Lunatic asylums Bombay report 1878-1890 - 1878-1890
Year: 1878
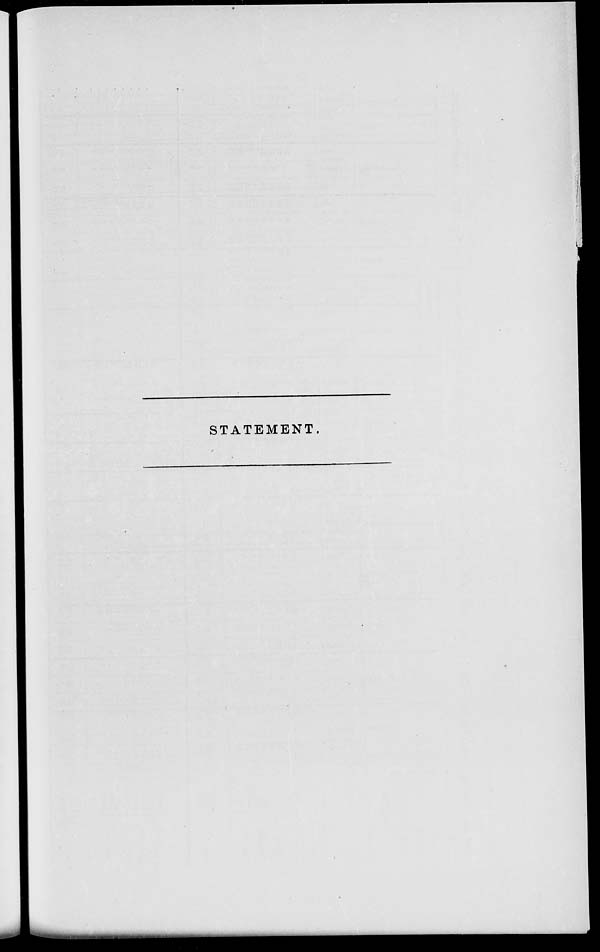
STATEMENT.